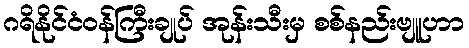
ဂရိနိုင်ငံဝန်ကြီးချုပ် အုန်းသီးမှ စစ်နည်းဗျူဟာ